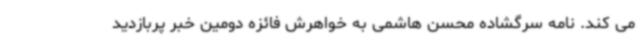
می کند. نامه سرگشاده محسن هاشمی به خواهرش فائزه دومین خبر پربازدید